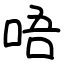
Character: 唔